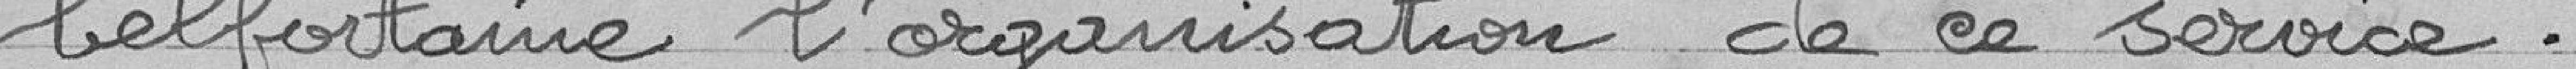
belfortaine l'organisation de ce service.